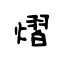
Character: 熠